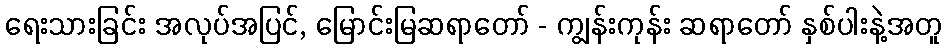
ရေးသားခြင်း အလုပ်အပြင်, မြောင်းမြဆရာတော် - ကျွန်းကုန်း ဆရာတော် နှစ်ပါးနဲ့အတူ